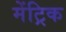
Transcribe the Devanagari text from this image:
मेंट्रिक